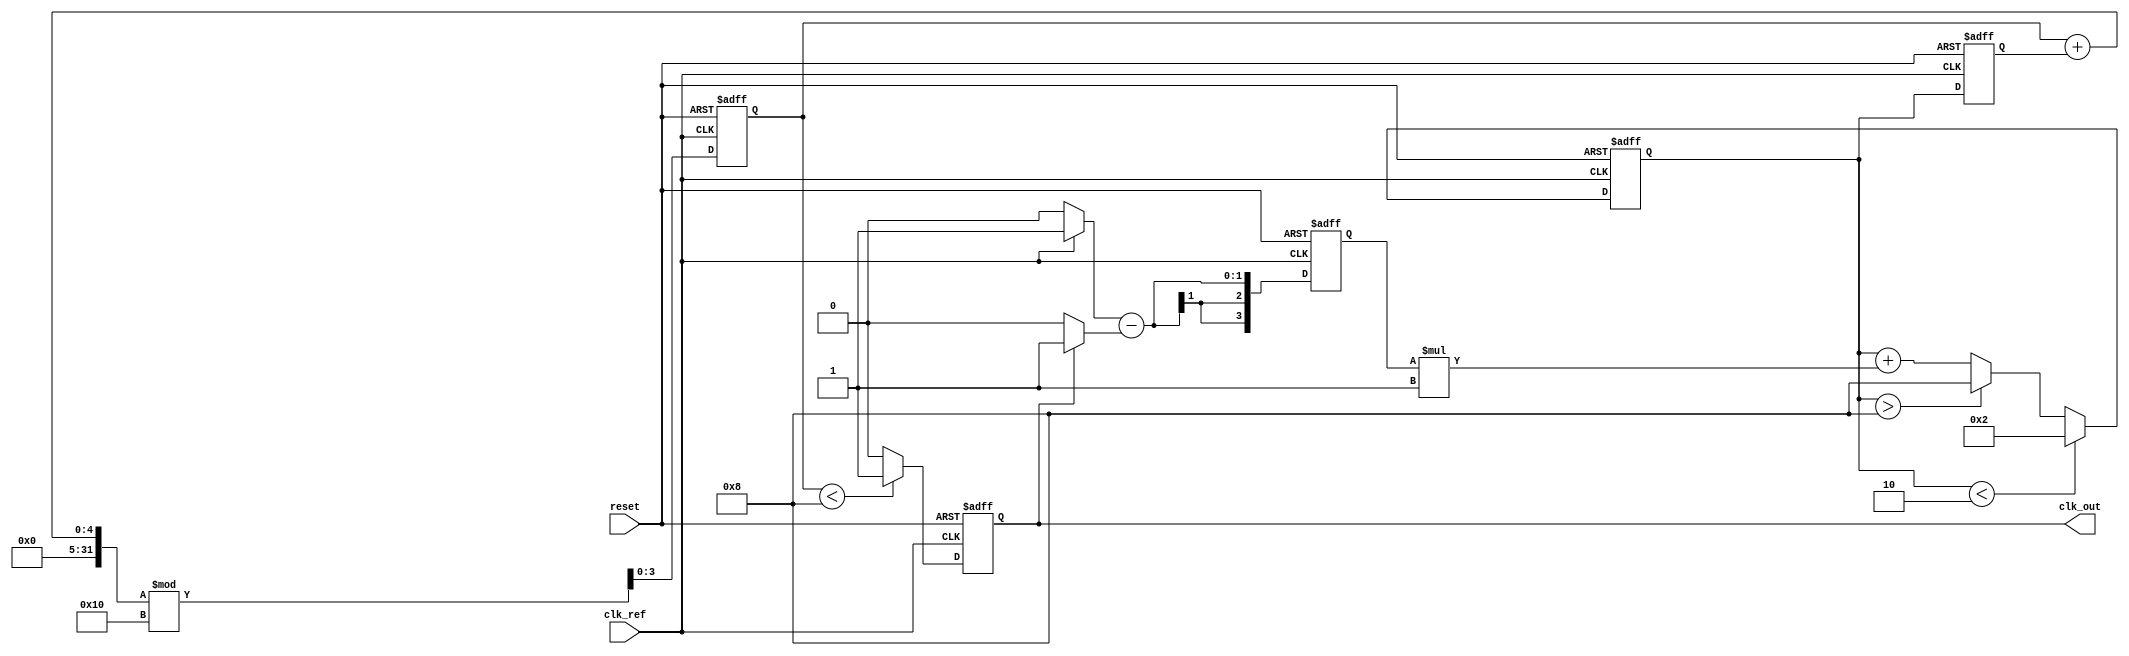
module type2_pll (
    input wire clk_ref,          // Input reference clock
    input wire reset,            // Asynchronous reset
    output reg clk_out           // Output clock
);

    // Parameters
    parameter integer PHASE_STEP = 1;  // Phase step size (can be tuned)
    parameter integer VCO_MAX = 8;      // Maximum VCO frequency (tunable)
    parameter integer VCO_MIN = 2;      // Minimum VCO frequency (tunable)
    parameter integer INTEGRATOR_GAIN = 1; // Integrator gain (can be tuned)

    // Internal signals
    reg [3:0] phase_error;       // Phase error signal
    reg [3:0] control_voltage;    // Control voltage for VCO
    reg [3:0] vco_output;         // Current VCO output
    reg [3:0] vco_freq;           // VCO frequency control

    // Phase Detector
    always @(posedge clk_ref or posedge reset) begin
        if (reset) begin
            phase_error <= 0;
        end else begin
            // Simple phase detector logic
            phase_error <= (clk_ref ? 1 : 0) - (clk_out ? 1 : 0);
        end
    end

    // Loop Filter (Integrator + Proportional)
    always @(posedge clk_ref or posedge reset) begin
        if (reset) begin
            control_voltage <= 0;
        end else begin
            control_voltage <= control_voltage + (phase_error * INTEGRATOR_GAIN);
            // Clamp control voltage to [VCO_MIN, VCO_MAX]
            if (control_voltage > VCO_MAX) control_voltage <= VCO_MAX;
            if (control_voltage < VCO_MIN) control_voltage <= VCO_MIN;
        end
    end

    // Voltage-Controlled Oscillator (VCO)
    always @(posedge clk_ref or posedge reset) begin
        if (reset) begin
            vco_output <= 0;
            vco_freq <= VCO_MIN;
        end else begin
            // VCO output frequency controlled by the control voltage
            vco_freq <= control_voltage; 
            vco_output <= (vco_output + vco_freq) % 16; // Simple frequency modulation
        end
    end

    // Output Buffer
    always @(posedge clk_ref or posedge reset) begin
        if (reset) begin
            clk_out <= 0;
        end else begin
            // Assign the VCO output to the output clock
            clk_out <= (vco_output < 8) ? 1 : 0; // Generate output clock
        end
    end

endmodule